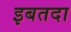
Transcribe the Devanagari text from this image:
इबतदा